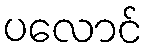
ပလောင်